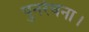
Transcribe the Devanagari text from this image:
पुनर्रचना।